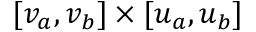
[ v _ { a } , v _ { b } ] \times [ u _ { a } , u _ { b } ]